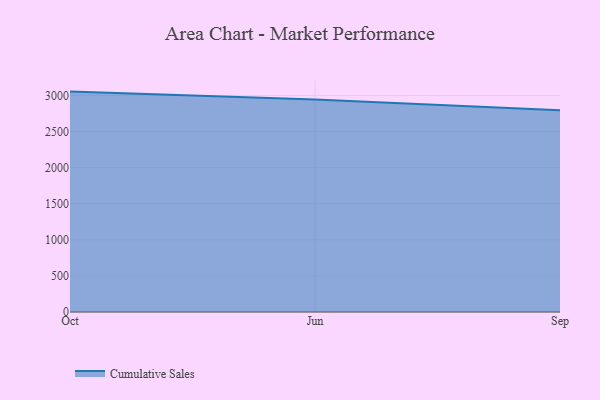
{"axis": {"x": "Month", "y": "Tickets Resolved"}, "legend": ["Cumulative Sales"], "data": [{"x": "Oct", "y": 3053.7, "type": "Cumulative Sales"}, {"x": "Jun", "y": 2943.1, "type": "Cumulative Sales"}, {"x": "Sep", "y": 2794.0, "type": "Cumulative Sales"}]}